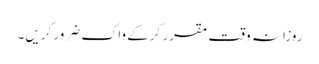
روزانہ وقت مقرر کرکے واک ضرور کریں۔